Leningradi_Edasi_toimetus, lk 4
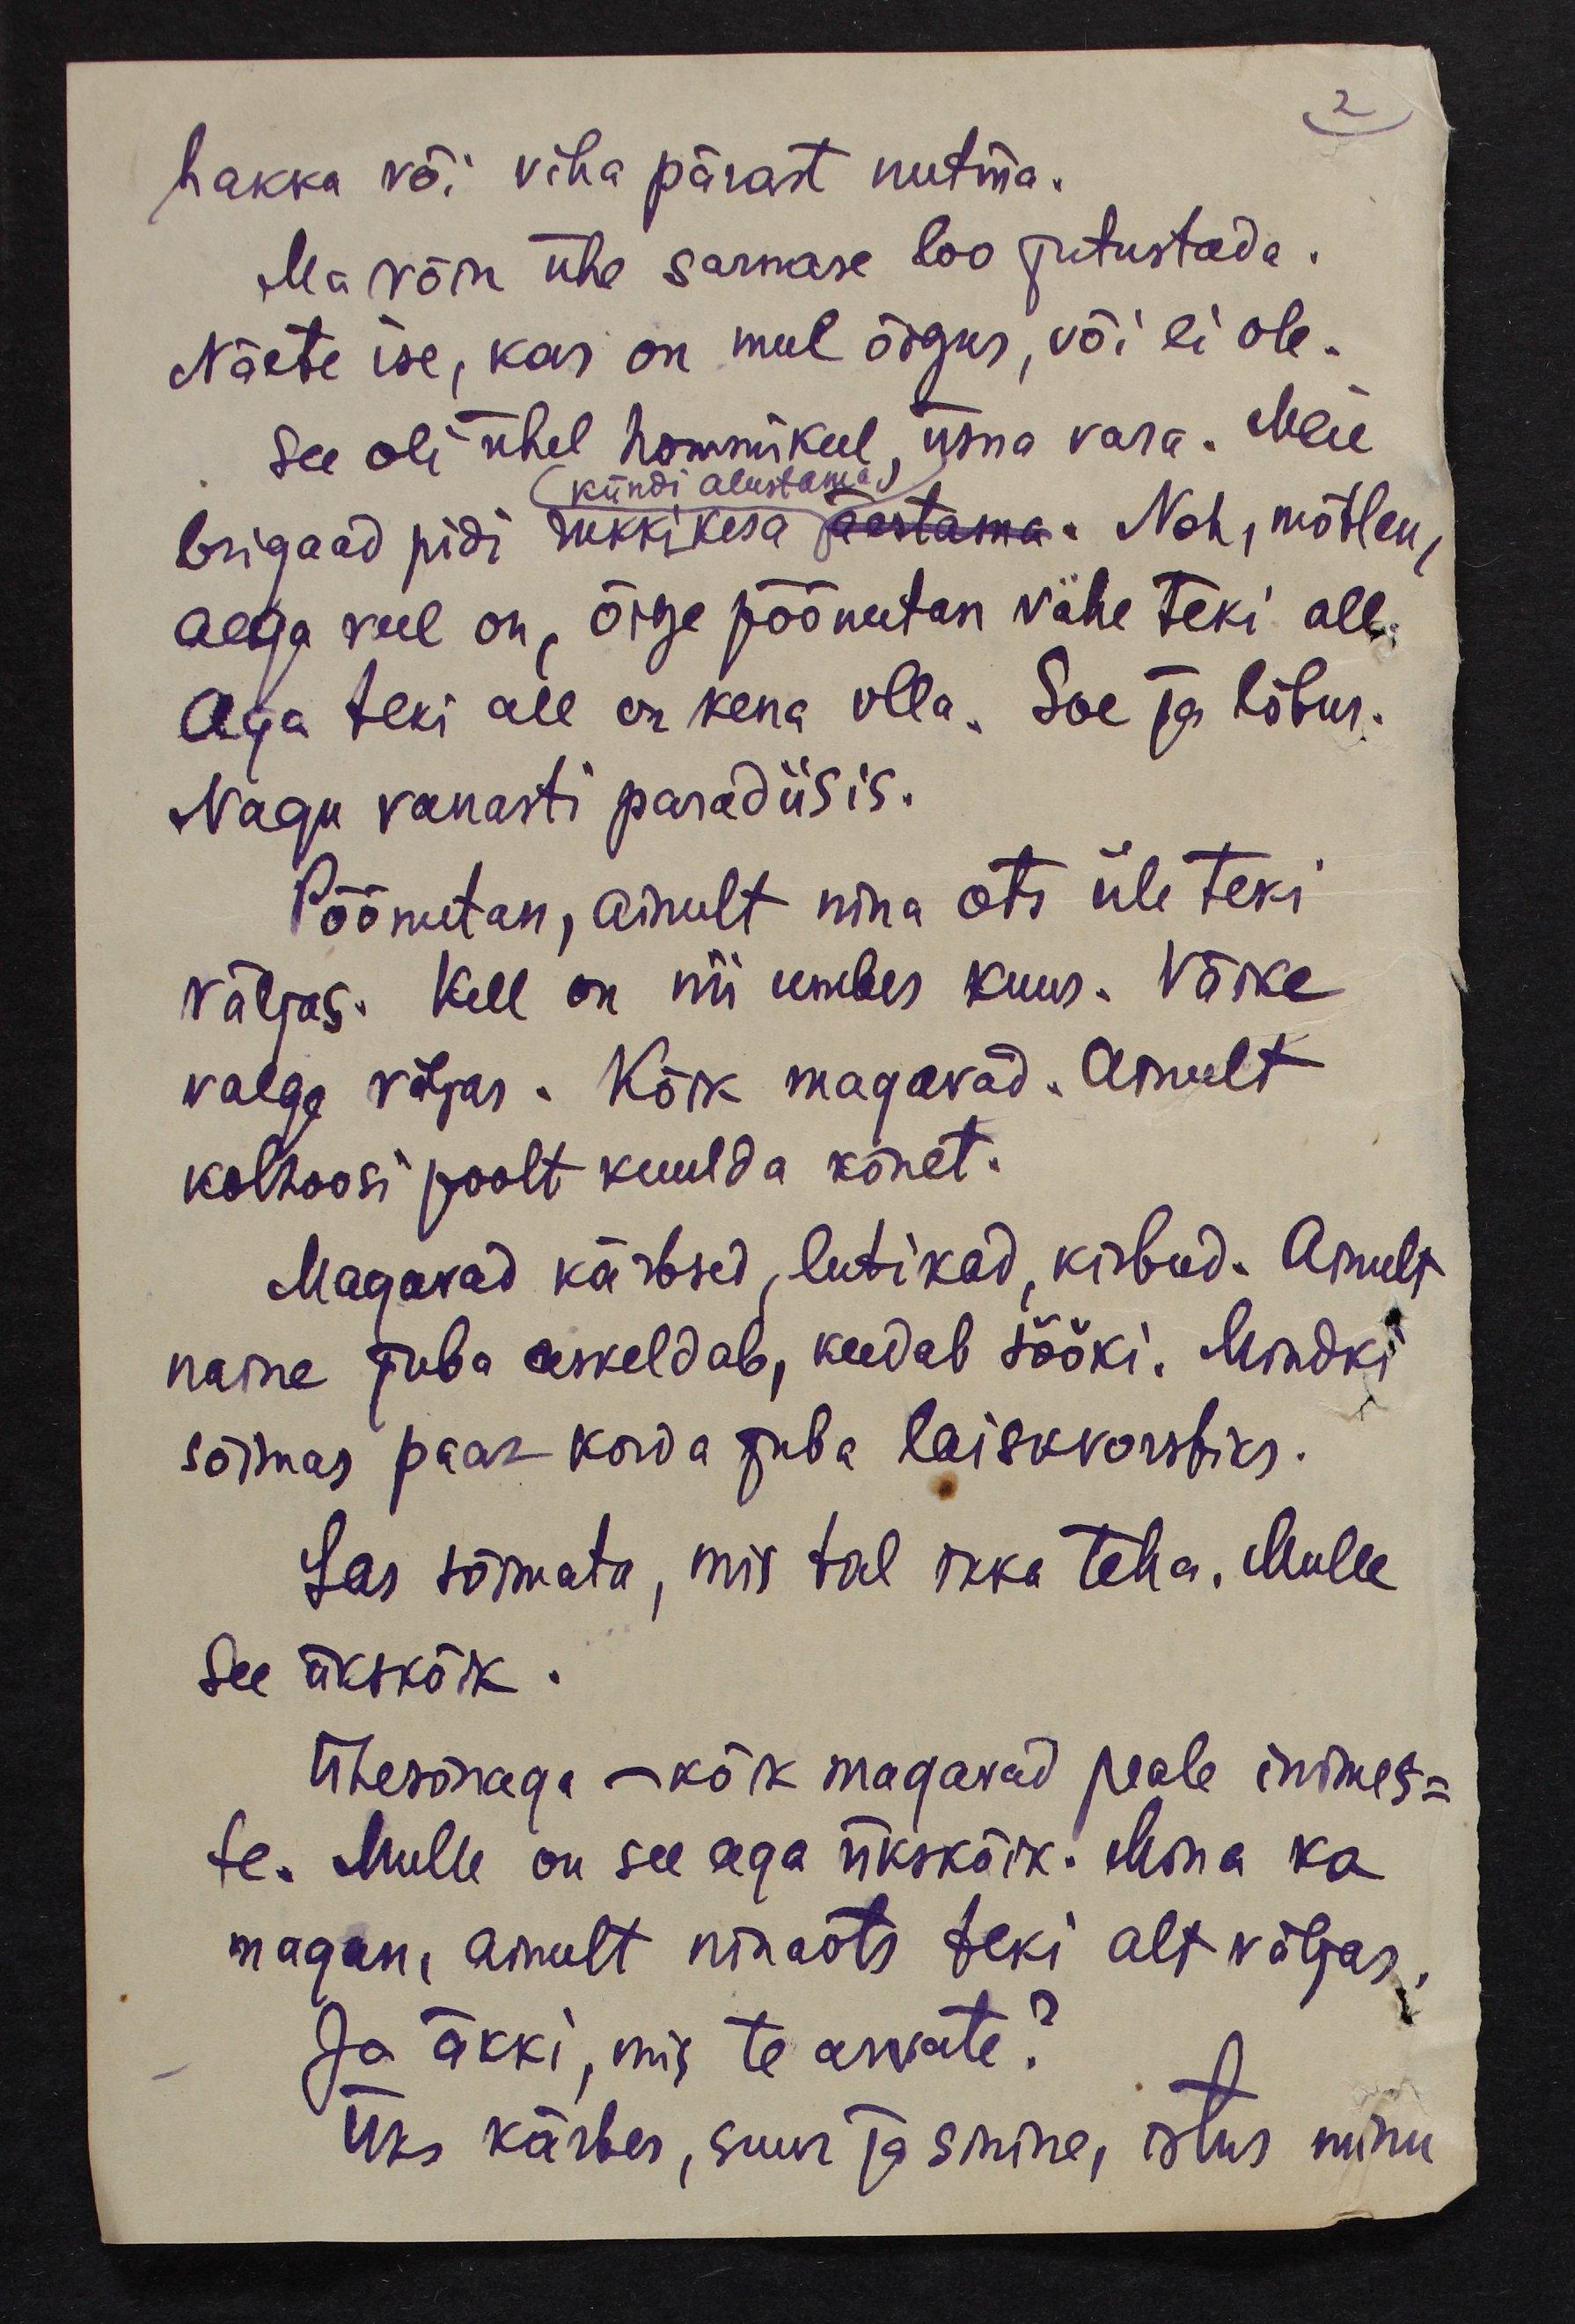
2
hakka või viha pärast nutma.
Ma võin ühe sarnase loo jutustada.
Näete ise, kas on mul õigus, või ei ole.
see oli ühel hommikul, üsna vara. Meie
kündi alustama
brigaad pidi rukkikesa aastama. Noh, mõtlen,
aega veel on, õige põõnutan vähe teki all.
Aga teki all on kena olla. Soe ja lõbus.
Nagu vanasti paradiisis.
Põõnutan, ainult nina ots üle teki
väljas. Kell on nii umbes kuus. Väike
valge väljas. Kõik magavad. Ainult
kolhoosi poolt kuulda kõnet.
Magavad kärbsed, lutikad, kirbud. Ainult
naine juba askeldab, keedab sööki. Mindki
sõimas paar korda juba laiskvorstiks.
Las toimeta, mis tal ikka teha. Mulle
see ükskõik.
Ühesõnaga - kõik magavad peale inimes-
te. Mulle on see aga ükskõik. Mina ka
magan, ainult ninaots teki alt väljas,
Ja äkki, mis te arvate?
Üks kärber, suur ja sinine, istus minu